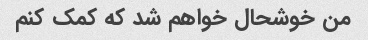
من خوشحال خواهم شد که کمک کنم